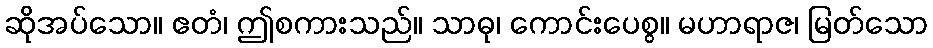
ဆိုအပ်သော။ ဧတံ၊ ဤစကားသည်။ သာဓု၊ ကောင်းပေစွ။ မဟာရာဇ၊ မြတ်သော